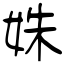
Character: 姝